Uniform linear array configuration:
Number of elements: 24
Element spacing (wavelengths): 0.75
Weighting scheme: uniform
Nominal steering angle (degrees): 30
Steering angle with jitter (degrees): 29.984
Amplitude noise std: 0.05
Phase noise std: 0.05

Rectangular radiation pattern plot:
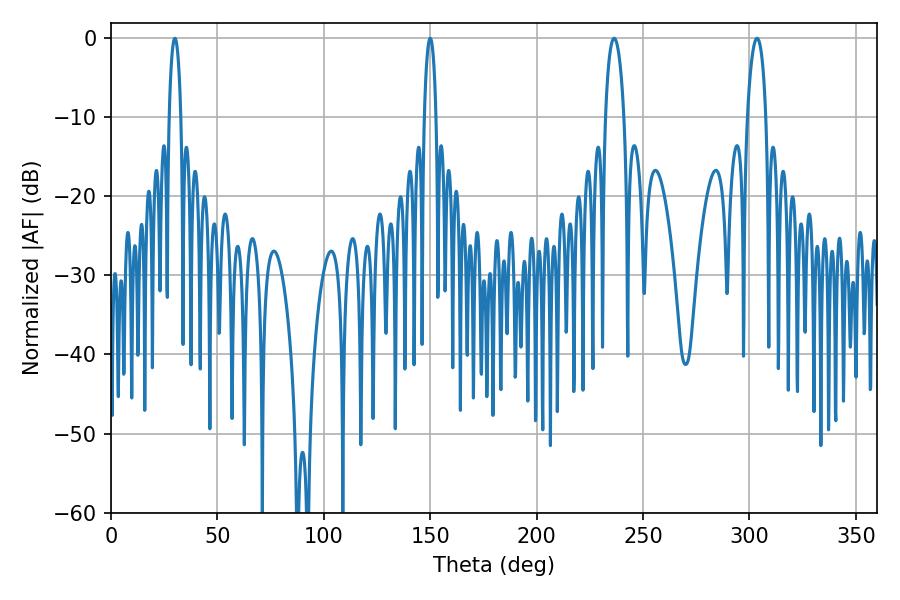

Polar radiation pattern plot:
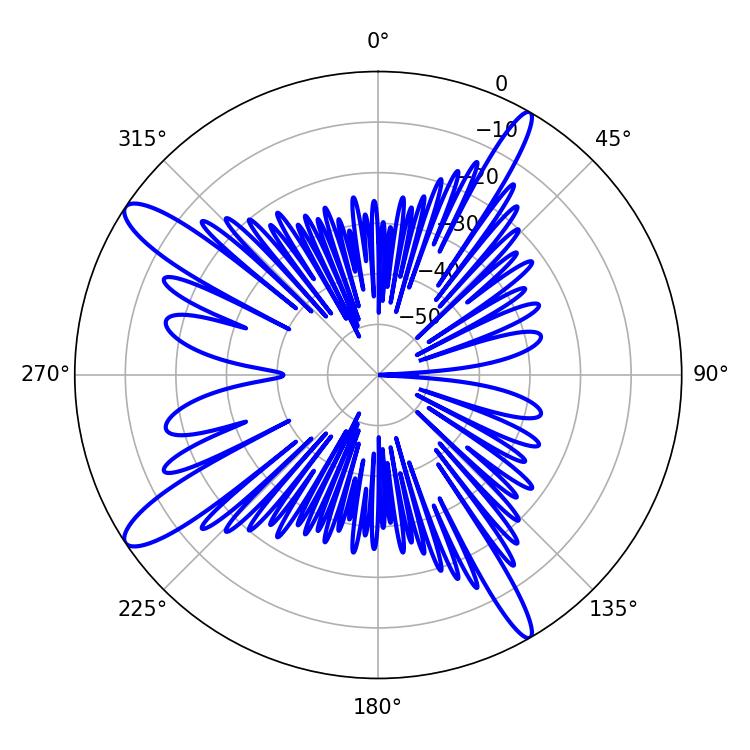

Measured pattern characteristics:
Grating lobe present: TRUE
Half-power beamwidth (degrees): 3.06
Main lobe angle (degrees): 30.06